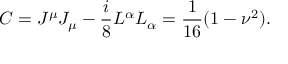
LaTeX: C = J ^ { \mu } J _ { \mu } - \frac { i } { 8 } L ^ { \alpha } L _ { \alpha } = \frac { 1 } { 1 6 } ( 1 - \nu ^ { 2 } ) .